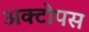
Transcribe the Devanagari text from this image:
अक्टोपस